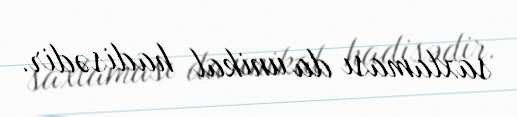
saxlaması da unikal hadisədir.